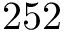
2 5 2